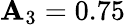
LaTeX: \mathbf{A}_{3}=0.75